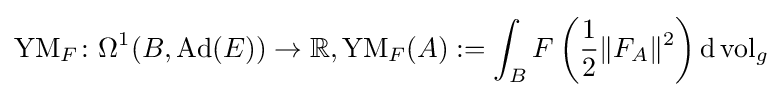
\operatorname {YM} _{F}\colon \Omega ^{1}(B,\operatorname {Ad} (E))\rightarrow \mathbb {R} ,\operatorname {YM} _{F}(A):=\int _{B}F\left({\frac {1}{2}}\|F_{A}\|^{2}\right)\mathrm {d} \operatorname {vol} _{g}